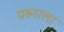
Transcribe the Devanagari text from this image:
प्रश्र्नाला